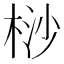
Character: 桫